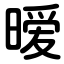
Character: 暧